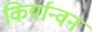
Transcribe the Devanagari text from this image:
किर्यान्वन